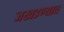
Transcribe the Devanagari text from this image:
जखडण्यात